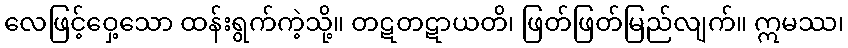
လေဖြင့်ဝှေ့သော ထန်းရွက်ကဲ့သို့။ တဋတဋာယတိ၊ ဖြတ်ဖြတ်မြည်လျက်။ ဣမဿ၊